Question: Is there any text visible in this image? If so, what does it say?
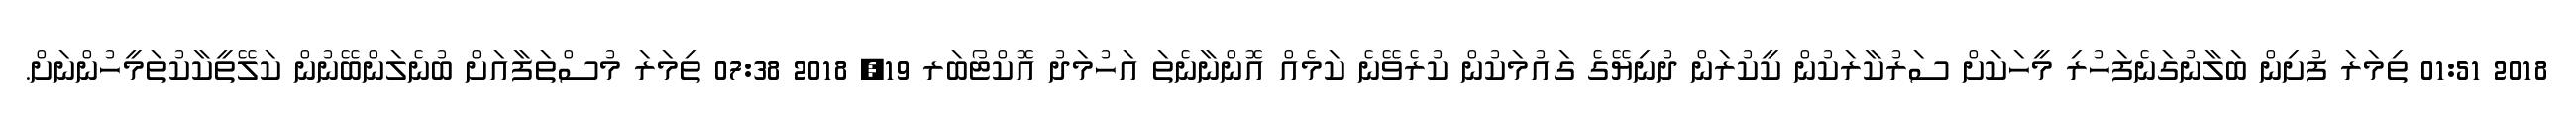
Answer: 2018 01:51 ތިމަރަ ފުށިން ބަލާނުގަނެފަހުރި މީހަކަށް ސަރުކާރަކުން ކީކުރަން ދުނިޔޭގެ ގައުމަކުން ކުރެވޭނެ ކަމެއް އޮންނާނެތަ އަހުމަދު އޮކްޓޯބަރ 19, 2018 07:38 ތިމަރަ މުސްތަފާއަށް ބުނެލަންބޭނުން ކަލޭތީކާކުތަމީހުންނަށް.